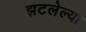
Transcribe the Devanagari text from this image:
झटलेल्या